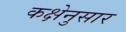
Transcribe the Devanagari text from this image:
कक्षेनुसार